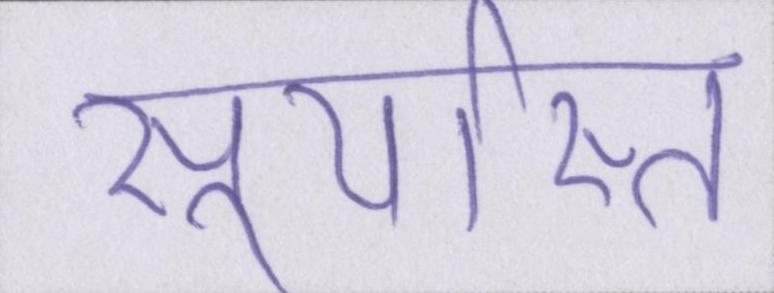
सूर्यास्त